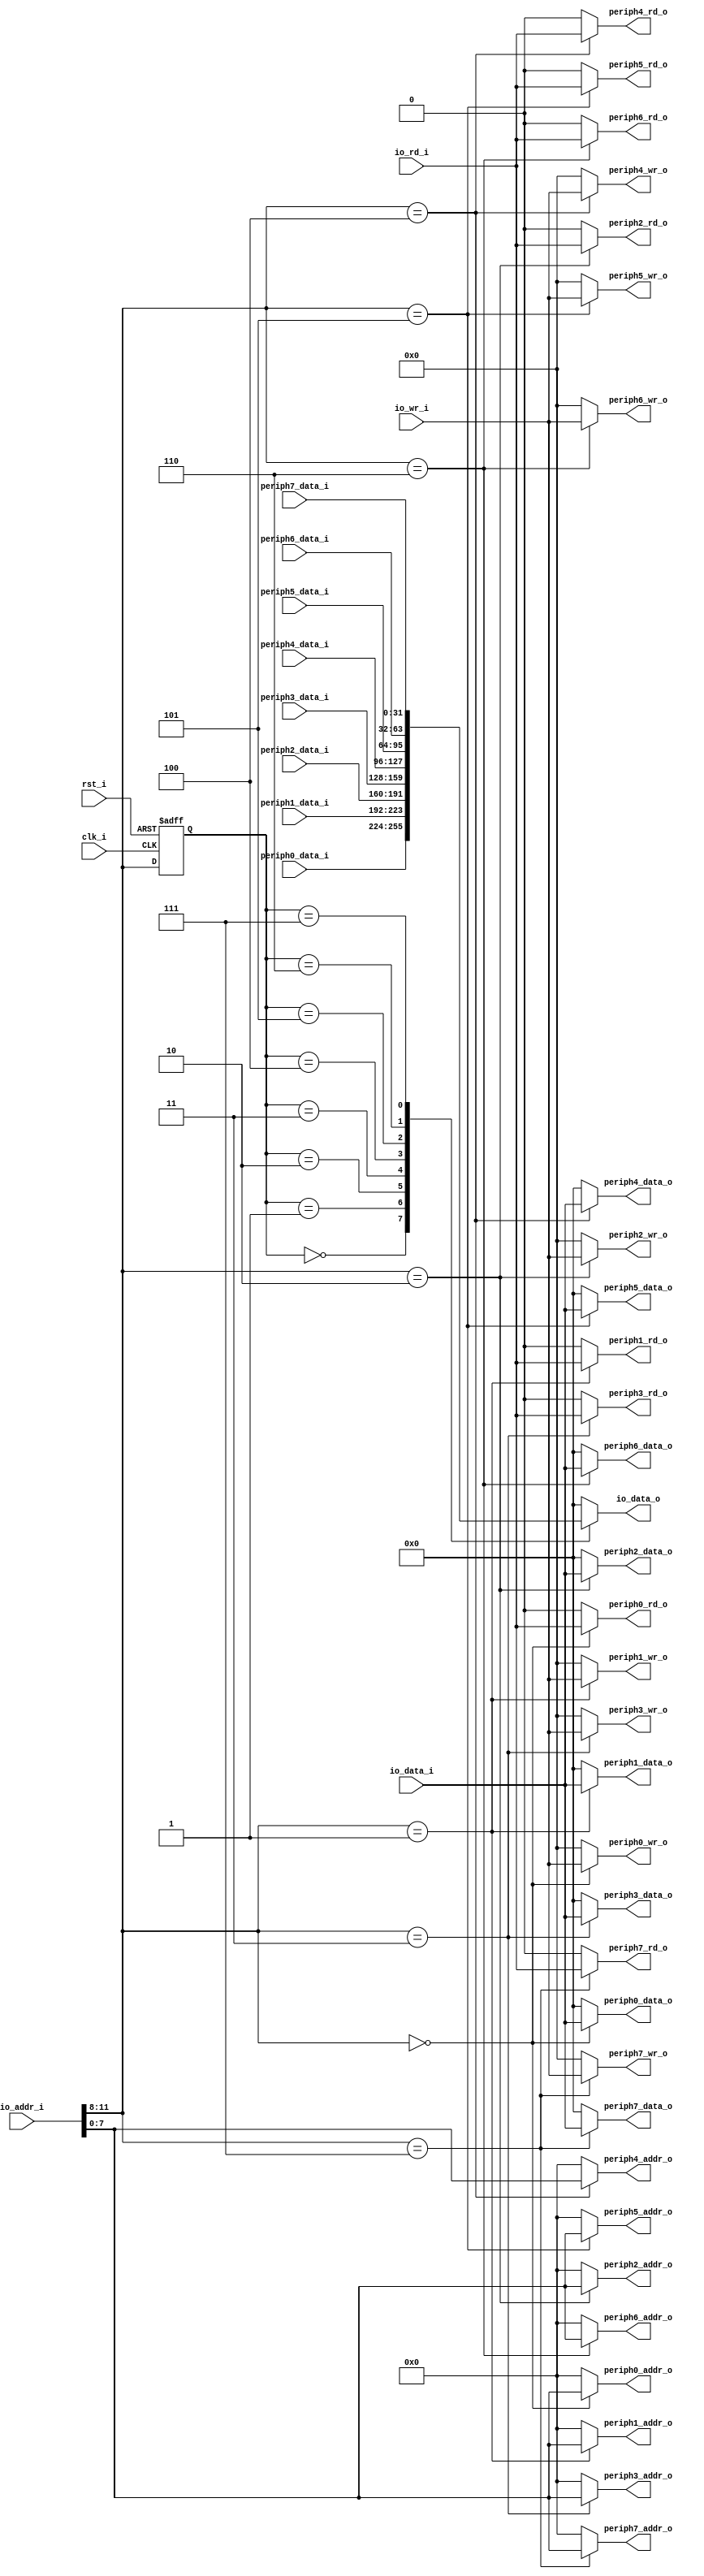
//-----------------------------------------------------------------
//                           AltOR32 
//              Alternative Lightweight OpenRisc 
//                            V0.1
//                     Ultra-Embedded.com
//                   Copyright 2011 - 2012
//
//
//                       License: LGPL
//
// If you would like a version with a different license for use 
// in commercial projects please contact the above email address 
// for more details.
//-----------------------------------------------------------------
//
// Copyright (C) 2011 - 2012 Ultra-Embedded.com
//
// This source file may be used and distributed without         
// restriction provided that this copyright statement is not    
// removed from the file and that any derivative work contains  
// the original copyright notice and the associated disclaimer. 
//
// This source file is free software; you can redistribute it   
// and/or modify it under the terms of the GNU Lesser General   
// Public License as published by the Free Software Foundation; 
// either version 2.1 of the License, or (at your option) any   
// later version.                                               
//
// This source is distributed in the hope that it will be       
// useful, but WITHOUT ANY WARRANTY; without even the implied   
// warranty of MERCHANTABILITY or FITNESS FOR A PARTICULAR      
// PURPOSE.  See the GNU Lesser General Public License for more 
// details.                                                     
//
// You should have received a copy of the GNU Lesser General    
// Public License along with this source; if not, write to the 
// Free Software Foundation, Inc., 59 Temple Place, Suite 330, 
// Boston, MA  02111-1307  USA              
//-----------------------------------------------------------------

//-----------------------------------------------------------------
// Module:
//-----------------------------------------------------------------
module soc_pif 
( 
    // General - Clocking & Reset
    clk_i, 
    rst_i, 

    // I/O bus
    io_addr_i, 
    io_data_i, 
    io_data_o, 
    io_wr_i, 
    io_rd_i, 
  
    // Peripherals      
    periph0_addr_o, 
    periph0_data_o, 
    periph0_data_i, 
    periph0_wr_o, 
    periph0_rd_o, 
    
    periph1_addr_o, 
    periph1_data_o, 
    periph1_data_i, 
    periph1_wr_o, 
    periph1_rd_o, 
    
    periph2_addr_o, 
    periph2_data_o, 
    periph2_data_i, 
    periph2_wr_o, 
    periph2_rd_o, 
    
    periph3_addr_o, 
    periph3_data_o, 
    periph3_data_i, 
    periph3_wr_o, 
    periph3_rd_o, 
    
    periph4_addr_o, 
    periph4_data_o, 
    periph4_data_i, 
    periph4_wr_o, 
    periph4_rd_o, 
    
    periph5_addr_o, 
    periph5_data_o, 
    periph5_data_i, 
    periph5_wr_o, 
    periph5_rd_o, 
    
    periph6_addr_o, 
    periph6_data_o, 
    periph6_data_i, 
    periph6_wr_o, 
    periph6_rd_o, 
    
    periph7_addr_o, 
    periph7_data_o, 
    periph7_data_i, 
    periph7_wr_o, 
    periph7_rd_o                            
);

//-----------------------------------------------------------------
// Params
//-----------------------------------------------------------------
parameter  [31:0]   CLK_KHZ             = 12288;
parameter  [31:0]   UART_BAUD           = 115200;
parameter  [31:0]   SPI_FLASH_CLK_KHZ   = (12288/2);
parameter  [31:0]   EXTERNAL_INTERRUPTS = 1;
parameter           CORE_ID             = 0;
parameter           BOOT_VECTOR         = 0;
parameter           ISR_VECTOR          = 0;
    
//-----------------------------------------------------------------
// I/O
//-----------------------------------------------------------------     
input               clk_i /*verilator public*/;
input               rst_i /*verilator public*/;

input [31:0]        io_addr_i /*verilator public*/;
output [31:0]       io_data_o /*verilator public*/;
input [31:0]        io_data_i /*verilator public*/;
input [3:0]         io_wr_i /*verilator public*/;
input               io_rd_i /*verilator public*/;

output [7:0]        periph0_addr_o /*verilator public*/;
output [31:0]       periph0_data_o /*verilator public*/;
input [31:0]        periph0_data_i /*verilator public*/;
output [3:0]        periph0_wr_o /*verilator public*/;
output              periph0_rd_o /*verilator public*/;

output [7:0]        periph1_addr_o /*verilator public*/;
output [31:0]       periph1_data_o /*verilator public*/;
input [31:0]        periph1_data_i /*verilator public*/;
output [3:0]        periph1_wr_o /*verilator public*/;
output              periph1_rd_o /*verilator public*/;

output [7:0]        periph2_addr_o /*verilator public*/;
output [31:0]       periph2_data_o /*verilator public*/;
input [31:0]        periph2_data_i /*verilator public*/;
output [3:0]        periph2_wr_o /*verilator public*/;
output              periph2_rd_o /*verilator public*/;

output [7:0]        periph3_addr_o /*verilator public*/;
output [31:0]       periph3_data_o /*verilator public*/;
input [31:0]        periph3_data_i /*verilator public*/;
output [3:0]        periph3_wr_o /*verilator public*/;
output              periph3_rd_o /*verilator public*/;

output [7:0]        periph4_addr_o /*verilator public*/;
output [31:0]       periph4_data_o /*verilator public*/;
input [31:0]        periph4_data_i /*verilator public*/;
output [3:0]        periph4_wr_o /*verilator public*/;
output              periph4_rd_o /*verilator public*/;

output [7:0]        periph5_addr_o /*verilator public*/;
output [31:0]       periph5_data_o /*verilator public*/;
input [31:0]        periph5_data_i /*verilator public*/;
output [3:0]        periph5_wr_o /*verilator public*/;
output              periph5_rd_o /*verilator public*/;

output [7:0]        periph6_addr_o /*verilator public*/;
output [31:0]       periph6_data_o /*verilator public*/;
input [31:0]        periph6_data_i /*verilator public*/;
output [3:0]        periph6_wr_o /*verilator public*/;
output              periph6_rd_o /*verilator public*/;

output [7:0]        periph7_addr_o /*verilator public*/;
output [31:0]       periph7_data_o /*verilator public*/;
input [31:0]        periph7_data_i /*verilator public*/;
output [3:0]        periph7_wr_o /*verilator public*/;
output              periph7_rd_o /*verilator public*/;

//-----------------------------------------------------------------
// Registers
//-----------------------------------------------------------------
reg [3:0]           r_mem_sel;

reg [31:0]          io_data_o;

reg [7:0]           periph0_addr_o;
reg [31:0]          periph0_data_o;
reg [3:0]           periph0_wr_o;
reg                 periph0_rd_o;

reg [7:0]           periph1_addr_o;
reg [31:0]          periph1_data_o;
reg [3:0]           periph1_wr_o;
reg                 periph1_rd_o;

reg [7:0]           periph2_addr_o;
reg [31:0]          periph2_data_o;
reg [3:0]           periph2_wr_o;
reg                 periph2_rd_o;

reg [7:0]           periph3_addr_o;
reg [31:0]          periph3_data_o;
reg [3:0]           periph3_wr_o;
reg                 periph3_rd_o;

reg [7:0]           periph4_addr_o;
reg [31:0]          periph4_data_o;
reg [3:0]           periph4_wr_o;
reg                 periph4_rd_o;

reg [7:0]           periph5_addr_o;
reg [31:0]          periph5_data_o;
reg [3:0]           periph5_wr_o;
reg                 periph5_rd_o;

reg [7:0]           periph6_addr_o;
reg [31:0]          periph6_data_o;
reg [3:0]           periph6_wr_o;
reg                 periph6_rd_o;

reg [7:0]           periph7_addr_o;
reg [31:0]          periph7_data_o;
reg [3:0]           periph7_wr_o;
reg                 periph7_rd_o;

//-----------------------------------------------------------------
// Memory Map
//-----------------------------------------------------------------   
always @ (io_addr_i or io_wr_i or io_rd_i or io_data_i)
begin
   // Decode 4-bit peripheral select 
   case (io_addr_i[11:8])
   
   // Peripheral 0
   4'h0 : 
   begin 

       periph0_addr_o       = io_addr_i[7:0];
       periph0_wr_o         = io_wr_i;
       periph0_rd_o         = io_rd_i;
       periph0_data_o       = io_data_i;
       
       periph1_addr_o       = 8'h00;
       periph1_wr_o         = 4'b0000;
       periph1_rd_o         = 1'b0;
       periph1_data_o       = 32'h00000000;
       
       periph2_addr_o       = 8'h00;
       periph2_wr_o         = 4'b0000;
       periph2_rd_o         = 1'b0;
       periph2_data_o       = 32'h00000000;
       
       periph3_addr_o       = 8'h00;
       periph3_wr_o         = 4'b0000;
       periph3_rd_o         = 1'b0;
       periph3_data_o       = 32'h00000000;
       
       periph4_addr_o       = 8'h00;
       periph4_wr_o         = 4'b0000;
       periph4_rd_o         = 1'b0;
       periph4_data_o       = 32'h00000000;

       periph5_addr_o       = 8'h00;
       periph5_wr_o         = 4'b0000;
       periph5_rd_o         = 1'b0;
       periph5_data_o       = 32'h00000000;

       periph6_addr_o       = 8'h00;
       periph6_wr_o         = 4'b0000;
       periph6_rd_o         = 1'b0;
       periph6_data_o       = 32'h00000000;

       periph7_addr_o       = 8'h00;
       periph7_wr_o         = 4'b0000;
       periph7_rd_o         = 1'b0;
       periph7_data_o       = 32'h00000000;

   end
   
   // Peripheral 1
   4'h1 : 
   begin 
       periph0_addr_o       = 8'h00;
       periph0_wr_o         = 4'b0000;
       periph0_rd_o         = 1'b0;
       periph0_data_o       = 32'h00000000;
       
       periph1_addr_o       = io_addr_i[7:0];
       periph1_wr_o         = io_wr_i;
       periph1_rd_o         = io_rd_i;
       periph1_data_o       = io_data_i;
       
       periph2_addr_o       = 8'h00;
       periph2_wr_o         = 4'b0000;
       periph2_rd_o         = 1'b0;
       periph2_data_o       = 32'h00000000;
       
       periph3_addr_o       = 8'h00;
       periph3_wr_o         = 4'b0000;
       periph3_rd_o         = 1'b0;
       periph3_data_o       = 32'h00000000;
       
       periph4_addr_o       = 8'h00;
       periph4_wr_o         = 4'b0000;
       periph4_rd_o         = 1'b0;
       periph4_data_o       = 32'h00000000;

       periph5_addr_o       = 8'h00;
       periph5_wr_o         = 4'b0000;
       periph5_rd_o         = 1'b0;
       periph5_data_o       = 32'h00000000;

       periph6_addr_o       = 8'h00;
       periph6_wr_o         = 4'b0000;
       periph6_rd_o         = 1'b0;
       periph6_data_o       = 32'h00000000;

       periph7_addr_o       = 8'h00;
       periph7_wr_o         = 4'b0000;
       periph7_rd_o         = 1'b0;
       periph7_data_o       = 32'h00000000;
   end
   
   // Peripheral 2
   4'h2 : 
   begin 
       periph0_addr_o       = 8'h00;
       periph0_wr_o         = 4'b0000;
       periph0_rd_o         = 1'b0;
       periph0_data_o       = 32'h00000000;
       
       periph1_addr_o       = 8'h00;
       periph1_wr_o         = 4'b0000;
       periph1_rd_o         = 1'b0;
       periph1_data_o       = 32'h00000000;
       
       periph2_addr_o       = io_addr_i[7:0];
       periph2_wr_o         = io_wr_i;
       periph2_rd_o         = io_rd_i;
       periph2_data_o       = io_data_i;
       
       periph3_addr_o       = 8'h00;
       periph3_wr_o         = 4'b0000;
       periph3_rd_o         = 1'b0;
       periph3_data_o       = 32'h00000000;
       
       periph4_addr_o       = 8'h00;
       periph4_wr_o         = 4'b0000;
       periph4_rd_o         = 1'b0;
       periph4_data_o       = 32'h00000000;

       periph5_addr_o       = 8'h00;
       periph5_wr_o         = 4'b0000;
       periph5_rd_o         = 1'b0;
       periph5_data_o       = 32'h00000000;

       periph6_addr_o       = 8'h00;
       periph6_wr_o         = 4'b0000;
       periph6_rd_o         = 1'b0;
       periph6_data_o       = 32'h00000000;

       periph7_addr_o       = 8'h00;
       periph7_wr_o         = 4'b0000;
       periph7_rd_o         = 1'b0;
       periph7_data_o       = 32'h00000000;
   end   
   
   // Peripheral 3
   4'h3 : 
   begin 
       periph0_addr_o       = 8'h00;
       periph0_wr_o         = 4'b0000;
       periph0_rd_o         = 1'b0;
       periph0_data_o       = 32'h00000000;
       
       periph1_addr_o       = 8'h00;
       periph1_wr_o         = 4'b0000;
       periph1_rd_o         = 1'b0;
       periph1_data_o       = 32'h00000000;
       
       periph2_addr_o       = 8'h00;
       periph2_wr_o         = 4'b0000;
       periph2_rd_o         = 1'b0;
       periph2_data_o       = 32'h00000000;
       
       periph3_addr_o       = io_addr_i[7:0];
       periph3_wr_o         = io_wr_i;
       periph3_rd_o         = io_rd_i;
       periph3_data_o       = io_data_i;
       
       periph4_addr_o       = 8'h00;
       periph4_wr_o         = 4'b0000;
       periph4_rd_o         = 1'b0;
       periph4_data_o       = 32'h00000000;

       periph5_addr_o       = 8'h00;
       periph5_wr_o         = 4'b0000;
       periph5_rd_o         = 1'b0;
       periph5_data_o       = 32'h00000000;

       periph6_addr_o       = 8'h00;
       periph6_wr_o         = 4'b0000;
       periph6_rd_o         = 1'b0;
       periph6_data_o       = 32'h00000000;

       periph7_addr_o       = 8'h00;
       periph7_wr_o         = 4'b0000;
       periph7_rd_o         = 1'b0;
       periph7_data_o       = 32'h00000000;
   end   
   
   // Peripheral 4
   4'h4 : 
   begin 
       periph0_addr_o       = 8'h00;
       periph0_wr_o         = 4'b0000;
       periph0_rd_o         = 1'b0;
       periph0_data_o       = 32'h00000000;
       
       periph1_addr_o       = 8'h00;
       periph1_wr_o         = 4'b0000;
       periph1_rd_o         = 1'b0;
       periph1_data_o       = 32'h00000000;
       
       periph2_addr_o       = 8'h00;
       periph2_wr_o         = 4'b0000;
       periph2_rd_o         = 1'b0;
       periph2_data_o       = 32'h00000000;
       
       periph3_addr_o       = 8'h00;
       periph3_wr_o         = 4'b0000;
       periph3_rd_o         = 1'b0;
       periph3_data_o       = 32'h00000000;
       
       periph4_addr_o       = io_addr_i[7:0];
       periph4_wr_o         = io_wr_i;
       periph4_rd_o         = io_rd_i;
       periph4_data_o       = io_data_i;

       periph5_addr_o       = 8'h00;
       periph5_wr_o         = 4'b0000;
       periph5_rd_o         = 1'b0;
       periph5_data_o       = 32'h00000000;

       periph6_addr_o       = 8'h00;
       periph6_wr_o         = 4'b0000;
       periph6_rd_o         = 1'b0;
       periph6_data_o       = 32'h00000000;

       periph7_addr_o       = 8'h00;
       periph7_wr_o         = 4'b0000;
       periph7_rd_o         = 1'b0;
       periph7_data_o       = 32'h00000000;
   end   
   
   // Peripheral 5
   4'h5 : 
   begin 
       periph0_addr_o       = 8'h00;
       periph0_wr_o         = 4'b0000;
       periph0_rd_o         = 1'b0;
       periph0_data_o       = 32'h00000000;
       
       periph1_addr_o       = 8'h00;
       periph1_wr_o         = 4'b0000;
       periph1_rd_o         = 1'b0;
       periph1_data_o       = 32'h00000000;
       
       periph2_addr_o       = 8'h00;
       periph2_wr_o         = 4'b0000;
       periph2_rd_o         = 1'b0;
       periph2_data_o       = 32'h00000000;
       
       periph3_addr_o       = 8'h00;
       periph3_wr_o         = 4'b0000;
       periph3_rd_o         = 1'b0;
       periph3_data_o       = 32'h00000000;
       
       periph4_addr_o       = 8'h00;
       periph4_wr_o         = 4'b0000;
       periph4_rd_o         = 1'b0;
       periph4_data_o       = 32'h00000000;

       periph5_addr_o       = io_addr_i[7:0];
       periph5_wr_o         = io_wr_i;
       periph5_rd_o         = io_rd_i;
       periph5_data_o       = io_data_i;

       periph6_addr_o       = 8'h00;
       periph6_wr_o         = 4'b0000;
       periph6_rd_o         = 1'b0;
       periph6_data_o       = 32'h00000000;

       periph7_addr_o       = 8'h00;
       periph7_wr_o         = 4'b0000;
       periph7_rd_o         = 1'b0;
       periph7_data_o       = 32'h00000000;
   end   
   
   // Peripheral 6
   4'h6 : 
   begin 
       periph0_addr_o       = 8'h00;
       periph0_wr_o         = 4'b0000;
       periph0_rd_o         = 1'b0;
       periph0_data_o       = 32'h00000000;
       
       periph1_addr_o       = 8'h00;
       periph1_wr_o         = 4'b0000;
       periph1_rd_o         = 1'b0;
       periph1_data_o       = 32'h00000000;
       
       periph2_addr_o       = 8'h00;
       periph2_wr_o         = 4'b0000;
       periph2_rd_o         = 1'b0;
       periph2_data_o       = 32'h00000000;
       
       periph3_addr_o       = 8'h00;
       periph3_wr_o         = 4'b0000;
       periph3_rd_o         = 1'b0;
       periph3_data_o       = 32'h00000000;
       
       periph4_addr_o       = 8'h00;
       periph4_wr_o         = 4'b0000;
       periph4_rd_o         = 1'b0;
       periph4_data_o       = 32'h00000000;

       periph5_addr_o       = 8'h00;
       periph5_wr_o         = 4'b0000;
       periph5_rd_o         = 1'b0;
       periph5_data_o       = 32'h00000000;

       periph6_addr_o       = io_addr_i[7:0];
       periph6_wr_o         = io_wr_i;
       periph6_rd_o         = io_rd_i;
       periph6_data_o       = io_data_i;

       periph7_addr_o       = 8'h00;
       periph7_wr_o         = 4'b0000;
       periph7_rd_o         = 1'b0;
       periph7_data_o       = 32'h00000000;
   end   
   
   // Peripheral 7
   4'h7 : 
   begin 
       periph0_addr_o       = 8'h00;
       periph0_wr_o         = 4'b0000;
       periph0_rd_o         = 1'b0;
       periph0_data_o       = 32'h00000000;
       
       periph1_addr_o       = 8'h00;
       periph1_wr_o         = 4'b0000;
       periph1_rd_o         = 1'b0;
       periph1_data_o       = 32'h00000000;
       
       periph2_addr_o       = 8'h00;
       periph2_wr_o         = 4'b0000;
       periph2_rd_o         = 1'b0;
       periph2_data_o       = 32'h00000000;
       
       periph3_addr_o       = 8'h00;
       periph3_wr_o         = 4'b0000;
       periph3_rd_o         = 1'b0;
       periph3_data_o       = 32'h00000000;
       
       periph4_addr_o       = 8'h00;
       periph4_wr_o         = 4'b0000;
       periph4_rd_o         = 1'b0;
       periph4_data_o       = 32'h00000000;

       periph5_addr_o       = 8'h00;
       periph5_wr_o         = 4'b0000;
       periph5_rd_o         = 1'b0;
       periph5_data_o       = 32'h00000000;

       periph6_addr_o       = 8'h00;
       periph6_wr_o         = 4'b0000;
       periph6_rd_o         = 1'b0;
       periph6_data_o       = 32'h00000000;

       periph7_addr_o       = io_addr_i[7:0];
       periph7_wr_o         = io_wr_i;
       periph7_rd_o         = io_rd_i;
       periph7_data_o       = io_data_i;
   end   
      
   default : 
   begin 
       periph0_addr_o       = 8'h00;
       periph0_wr_o         = 4'b0000;
       periph0_rd_o         = 1'b0;
       periph0_data_o       = 32'h00000000;
       
       periph1_addr_o       = 8'h00;
       periph1_wr_o         = 4'b0000;
       periph1_rd_o         = 1'b0;
       periph1_data_o       = 32'h00000000;
       
       periph2_addr_o       = 8'h00;
       periph2_wr_o         = 4'b0000;
       periph2_rd_o         = 1'b0;
       periph2_data_o       = 32'h00000000;
       
       periph3_addr_o       = 8'h00;
       periph3_wr_o         = 4'b0000;
       periph3_rd_o         = 1'b0;
       periph3_data_o       = 32'h00000000;
       
       periph4_addr_o       = 8'h00;
       periph4_wr_o         = 4'b0000;
       periph4_rd_o         = 1'b0;
       periph4_data_o       = 32'h00000000;

       periph5_addr_o       = 8'h00;
       periph5_wr_o         = 4'b0000;
       periph5_rd_o         = 1'b0;
       periph5_data_o       = 32'h00000000;

       periph6_addr_o       = 8'h00;
       periph6_wr_o         = 4'b0000;
       periph6_rd_o         = 1'b0;
       periph6_data_o       = 32'h00000000;

       periph7_addr_o       = 8'h00;
       periph7_wr_o         = 4'b0000;
       periph7_rd_o         = 1'b0;
       periph7_data_o       = 32'h00000000;
   end
   endcase
end
   
//-----------------------------------------------------------------
// Read Port
//-----------------------------------------------------------------   
always @ (r_mem_sel or periph0_data_i or periph1_data_i or periph2_data_i or 
          periph3_data_i or periph4_data_i or periph5_data_i or periph6_data_i or periph7_data_i)
begin 
   case (r_mem_sel)
   
   // Peripheral 0
   4'h0 : 
   begin 
       io_data_o   = periph0_data_i;
   end
   
   // Peripheral 1
   4'h1 : 
   begin 
       io_data_o   = periph1_data_i;
   end
   
   // Peripheral 2
   4'h2 : 
   begin 
       io_data_o   = periph2_data_i;
   end   
   
   // Peripheral 3
   4'h3 : 
   begin 
       io_data_o   = periph3_data_i;
   end   
   
   // Peripheral 4
   4'h4 : 
   begin 
       io_data_o   = periph4_data_i;
   end   
   
   // Peripheral 5
   4'h5 : 
   begin 
       io_data_o   = periph5_data_i;
   end   
   
   // Peripheral 6
   4'h6 : 
   begin 
       io_data_o   = periph6_data_i;
   end   
   
   // Peripheral 7
   4'h7 : 
   begin 
       io_data_o   = periph7_data_i;
   end   
   
   default : 
   begin 
       io_data_o   = 32'h00000000;
   end
   endcase
end
   
//-----------------------------------------------------------------
// Registered peripheral select
//----------------------------------------------------------------- 
always @ (posedge clk_i or posedge rst_i)
begin
   if (rst_i == 1'b1)
       r_mem_sel <= 4'h0;
   else 
       r_mem_sel <= io_addr_i[11:8];
end

endmodule